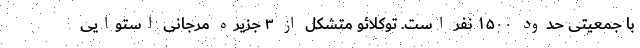
با جمعیتی حدود ۱۵۰۰ نفر است. توکلائو متشکل از ۳ جزیره مرجانی استوایی